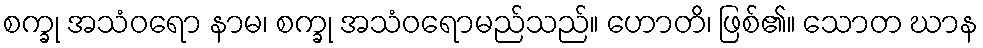
စက္ခု အသံဝရော နာမ၊ စက္ခု အသံဝရောမည်သည်။ ဟောတိ၊ ဖြစ်၏။ သောတ ဃာန